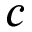
c